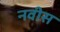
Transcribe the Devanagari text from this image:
नवीस